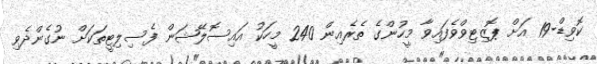
ކޮވިޑް-19 އަށް ޕޮޒިޓިވްވެފައިވާ މީހުންގެ ތެރެއިން 240 މީހަކު އައިސޮލޭޝަން ފެސިލިޓީތަކަށް ނުގެންދެވި